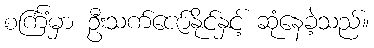
စင်္ကြံမှာ ဦးသက်ဇော်နိုင်နှင့် ဆုံနေခဲ့သည်။